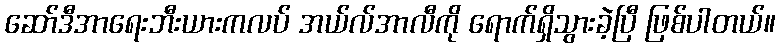
ဆော်ဒီအာရေးဘီးယားကလပ် အယ်လ်အာလီကို ရောက်ရှိသွားခဲ့ပြီ ဖြစ်ပါတယ်။